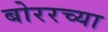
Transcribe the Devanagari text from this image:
बोररच्या